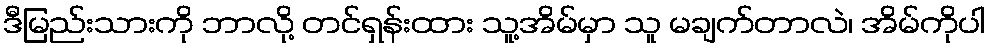
ဒီမြည်းသားကို ဘာလို့ တင်ရှန်းထား သူ့အိမ်မှာ သူ မချက်တာလဲ၊ အိမ်ကိုပါ